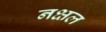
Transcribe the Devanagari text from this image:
नक्षल